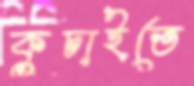
কুচাইতে